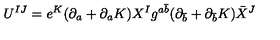
U ^ { I J } = e ^ { K } ( \partial _ { a } + \partial _ { a } K ) X ^ { I } g ^ { a \bar { b } } ( \partial _ { \bar { b } } + \partial _ { \bar { b } } K ) \bar { X } ^ { J }